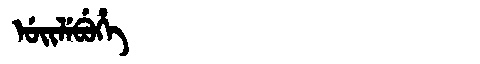
Manchu: ᡠᡳᠯᡝᠪᡠᡥᡝ
Romanization: UILEBUHE